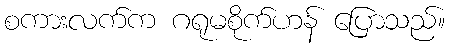
စကားလက်က ဂရုမစိုက်ဟန် ပြောသည်။